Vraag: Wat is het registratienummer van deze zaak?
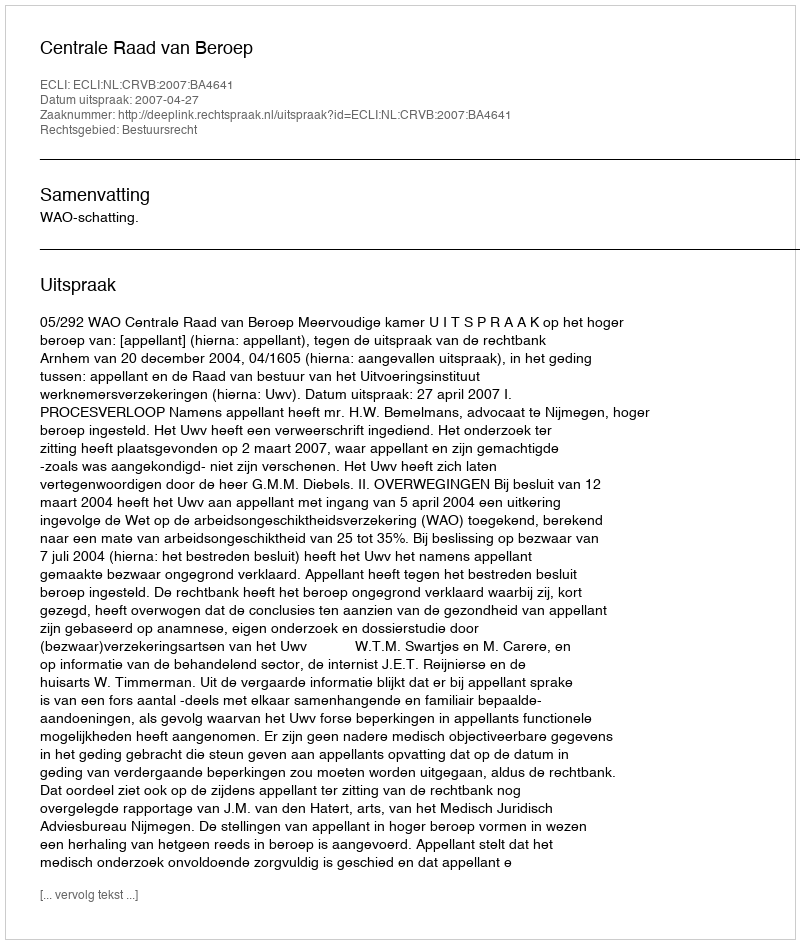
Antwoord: http://deeplink.rechtspraak.nl/uitspraak?id=ECLI:NL:CRVB:2007:BA4641